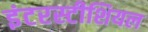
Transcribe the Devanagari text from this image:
इंटरस्टीशियल